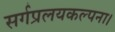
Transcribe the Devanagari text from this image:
सर्गप्रलयकल्पना।